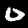
Label: 0